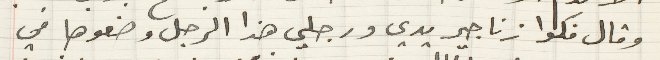
وقال فكوا زناجير يدي ورجلي هذا الرجل وضعوها في